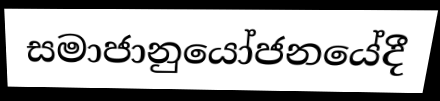
සමාජානුයෝජනයේදී